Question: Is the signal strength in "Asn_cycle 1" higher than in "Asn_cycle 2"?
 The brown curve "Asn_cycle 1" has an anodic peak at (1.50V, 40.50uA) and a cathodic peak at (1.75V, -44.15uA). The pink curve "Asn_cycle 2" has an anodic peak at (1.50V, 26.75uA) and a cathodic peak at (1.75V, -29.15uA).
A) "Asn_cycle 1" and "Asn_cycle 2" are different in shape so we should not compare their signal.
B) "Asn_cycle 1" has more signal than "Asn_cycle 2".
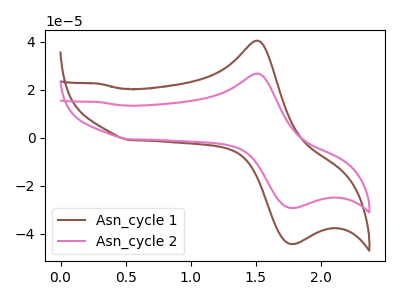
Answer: <think>All the peaks in "Asn_cycle 1" have a peak in "Asn_cycle 2" at the same potential. Every peak in "Asn_cycle 1" is higher than every peak in "Asn_cycle 2".
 </think>
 <answer>B) "Asn_cycle 1" has more signal than "Asn_cycle 2".</answer>
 <eval>B</eval>